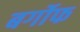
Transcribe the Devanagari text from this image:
बर्गोफ